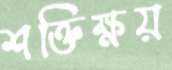
শক্তিক্ষয়